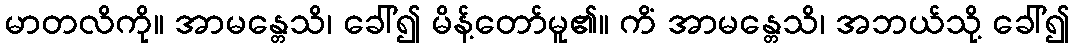
မာတလိကို။ အာမန္တေသိ၊ ခေါ်၍ မိန့်တော်မူ၏။ ကိံ အာမန္တေသိ၊ အဘယ်သို့ ခေါ်၍